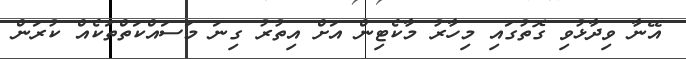
އޭނާ ވިދާޅުވި ގޮތުގައި މިހާރު މާކެޓިން އަށް އިތުރު ގިނަ މަސައްކަތްތަކެއް ކުރަން